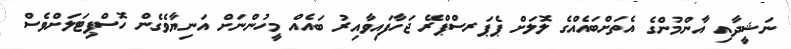
ނަޝީދާއި އާންމުންގެ އެތަށްބައެއްގެ ލޮލަށް ޕެޕަރސްޕްރޭ ޖަހާފައިވާއިރު ބައެއް މީހުންނަށް އަނިޔާވެގެން ހޮސްޕިޓަލަށްވެސް